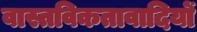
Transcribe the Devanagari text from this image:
वास्तविकतावादियों